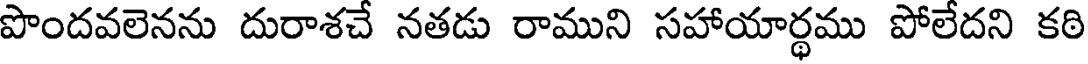
పొందవలెనను దురాశచే నతడు రాముని సహాయార్థము పోలేదని కఠి